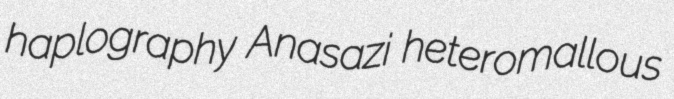
haplography Anasazi heteromallous